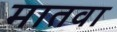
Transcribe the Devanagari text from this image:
मातवा